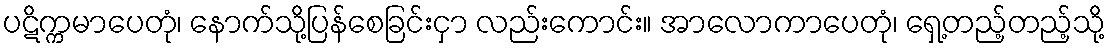
ပဋိက္ကမာပေတုံ၊ နောက်သို့ပြန်စေခြင်းငှာ လည်းကောင်း။ အာလောကာပေတုံ၊ ရှေ့တည့်တည့်သို့